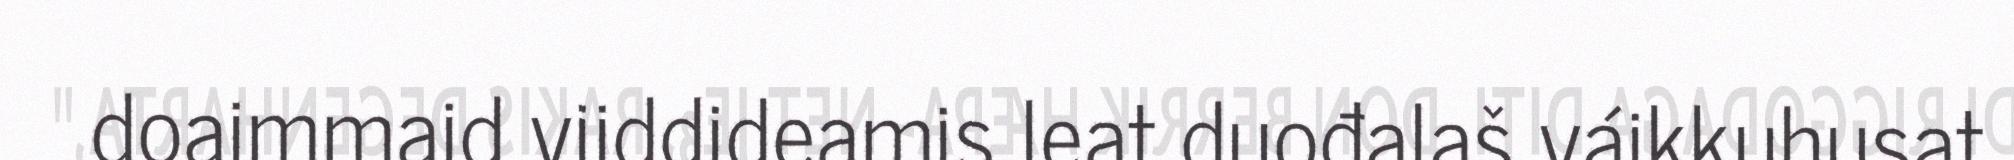
doaimmaid viiddideamis leat duođalaš váikkuhusat